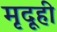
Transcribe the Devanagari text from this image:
मृदूही